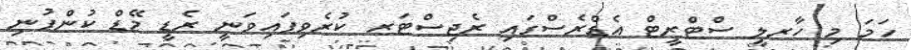
ހަމަ މި ހާރލީ ސްޓްރީޓް އެޑްރެސްގައި ރެޖިސްޓަރ ކުރެވިފައިވަނީ ރެޑީ މޭޑް ކުންފުނި